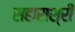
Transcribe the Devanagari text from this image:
सहाराश्री